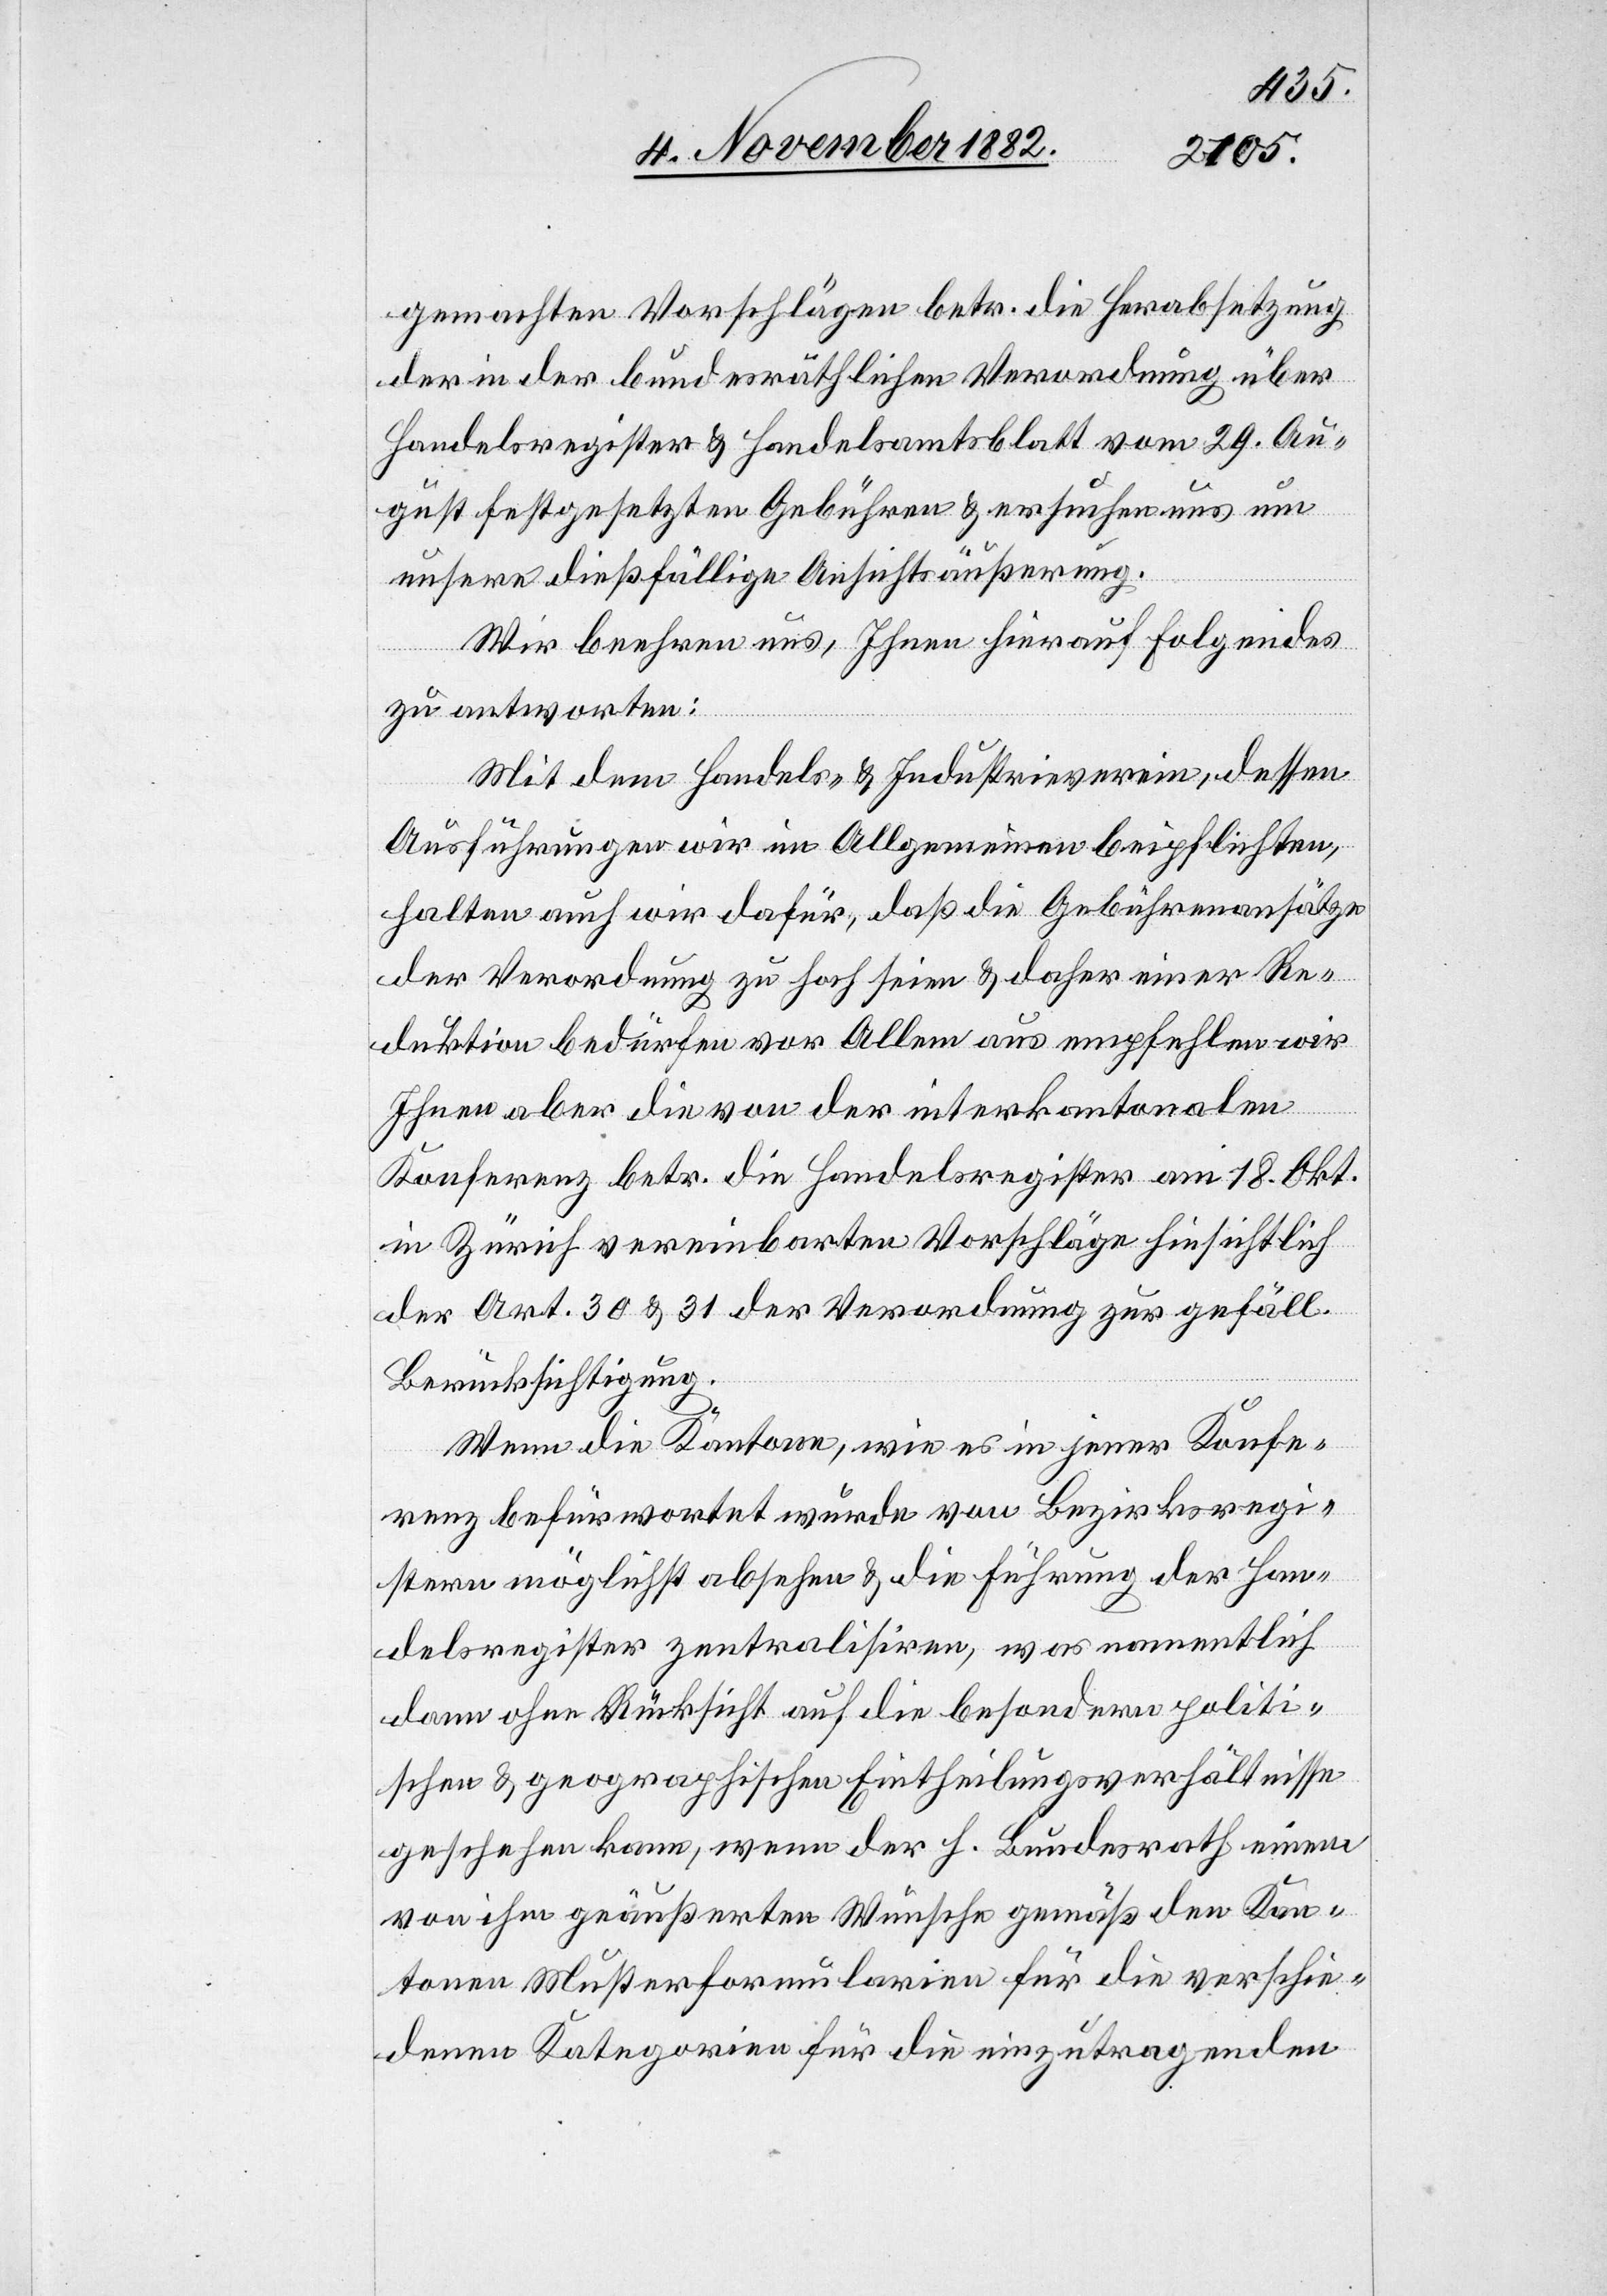
gemachten Vorschlägen betr. die Herabsetzung
der in der bundesräthlichen Verordnung über
Handelsregister & Handelsamtsblatt vom 29. Au¬
gust festgesetzten Gebühren & ersuchen uns um
unserer dießfällig Ansichtsäußerung.
Wir beehren uns, Ihnen hierauf Folgendes
zu antworten:
Mit dem Handels- & Industrieverein, dessen
Ausführungen wir im Allgemeinden beipflichten,
halten auch wir dafür, daß die Gebührenansätze
der Verordnung zu hoch seien & daher einer Re¬
duktion bedürfen vor Allem aus empfehlen wir
Ihnen aber die von der interkantonalen
Konferenz betr. die Handelsregister am 18. Okt.
in Zürich vereinbarten Vorschläge hinsichtlich
der Art. 30 & 31 der Verordnung zur gefäll.
Berücksichtigung.
Wenn die Kantone, wie es in jener Konfe¬
renz befürwortet wurde von Bezirksregi¬
stern möglichst abgesehen & die Führung der Han¬
delsregister zentralisiren, was namentlich
dann ohne Rücksicht auf die besondern politi¬
schen & geographischen Eintheilungsverhältnisse
geschehen kann, wenn der h. Bundesrath einen
von ihm geäußerten Wunsche gemäß den Kan¬
tonen Musterformularen für die verschie¬
den Kategorien für die einzutragenden